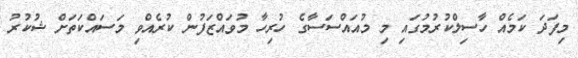
މިފަދަ ކަމެއް ހާސިލްކުރުމުގައި މި މުއައްސަސާގެ ހުރިހާ މުވައްޒަފުން ކުރެއްވި މަސައްކަތަށް ޝުކުރު